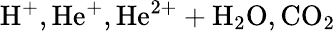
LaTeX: \mathrm{H^{+},He^{+},He^{2+}+H_{2}O,CO_{2}}